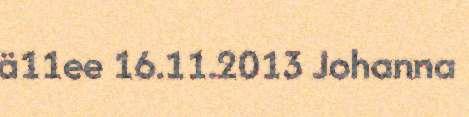
ä11ee 16.11.2013 Johanna